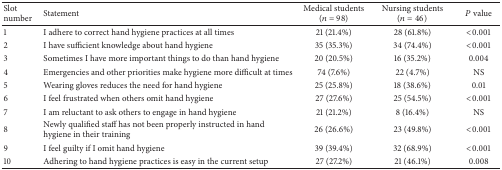
<table><thead><tr><td><b>Slot number</b></td><td><b> Statement</b></td><td><b>Medical students (<i>n</i> = 98)</b></td><td><b>Nursing students (<i>n</i> = 46)</b></td><td><b><i>P</i> value</b></td></tr></thead><tbody><tr><td>1</td><td>I adhere to correct hand hygiene practices at all times</td><td>21 (21.4%)</td><td>28 (61.8%)</td><td>&lt;0.001</td></tr><tr><td>2</td><td>I have sufficient knowledge about hand hygiene</td><td>35 (35.3%)</td><td>34 (74.4%)</td><td>&lt;0.001</td></tr><tr><td>3</td><td>Sometimes I have more important things to do than hand hygiene</td><td>20 (20.5%)</td><td>16 (35.2%)</td><td>0.004</td></tr><tr><td>4</td><td>Emergencies and other priorities make hygiene more difficult at times</td><td>74 (7.6%)</td><td>22 (4.7%)</td><td>NS</td></tr><tr><td>5</td><td>Wearing gloves reduces the need for hand hygiene</td><td>25 (25.8%)</td><td>18 (38.6%)</td><td>0.01</td></tr><tr><td>6</td><td>I feel frustrated when others omit hand hygiene</td><td>27 (27.6%)</td><td>25 (54.5%)</td><td>&lt;0.001</td></tr><tr><td>7</td><td>I am reluctant to ask others to engage in hand hygiene</td><td>21 (21.2%)</td><td>8 (16.4%)</td><td>NS</td></tr><tr><td>8</td><td>Newly qualified staff has not been properly instructed in hand hygiene in their training</td><td>26 (26.6%)</td><td>23 (49.8%)</td><td>&lt;0.001</td></tr><tr><td>9</td><td>I feel guilty if I omit hand hygiene</td><td>39 (39.4%)</td><td>32 (68.9%)</td><td>&lt;0.001</td></tr><tr><td>10</td><td>Adhering to hand hygiene practices is easy in the current setup</td><td>27 (27.2%)</td><td>21 (46.1%)</td><td>0.008</td></tr></tbody></table>